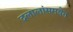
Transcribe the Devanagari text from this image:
दलालांसमवेत